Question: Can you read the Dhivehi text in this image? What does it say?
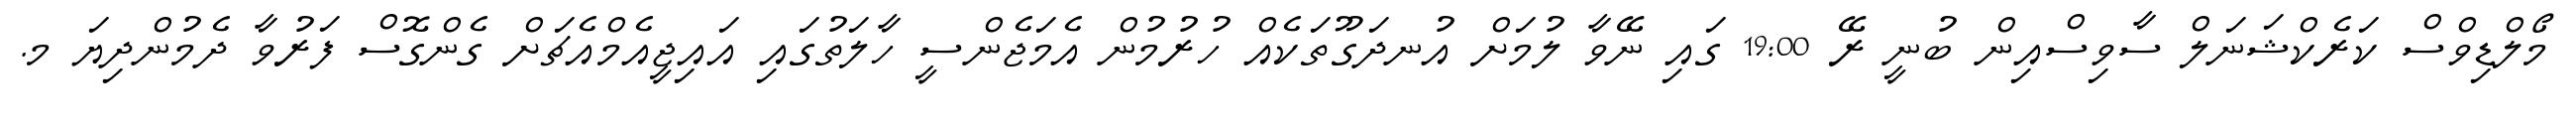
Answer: މޯލްޑިވްސް ކަރެކްޝަނަލް ސާވިސްއިން ބުނީ ރޭ 19:00 ގައި ނޭވާ ލުމަށް އުނދަގޫތަކެއް ހުރުމުން އެމަޖެންސީ ހާލަތުގައި އައިޖީއެމްއެޗަށް ގެންގޮސް ފަރުވާ ދެމުންދިޔަ މ.